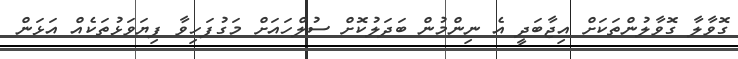
ގޮވާލާ ގޮވާލުންތަކަށް އިޖާބަދީ އެ ނިންމުން ބަދަލުކޮށް ސުލްހައަށް މަގުފަހިވާ ފިޔަވަޅުތަކެއް އަޅަން